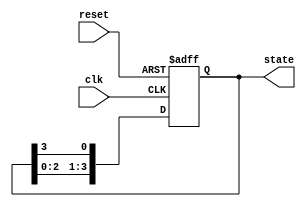
module ring_counter (
    input wire clk,        // Clock signal
    input wire reset,      // Asynchronous reset signal
    output reg [3:0] state // Current state of the ring counter
);

// Initial state of the ring counter
initial begin
    state = 4'b1000; // Initialize the state to 1000
end

// Always block triggered on clock edge or reset
always @(posedge clk or posedge reset) begin
    if (reset) begin
        state <= 4'b1000; // Reset to initial state
    end else begin
        // Circular shifting
        state <= {state[2:0], state[3]}; // Shift right and wrap around
    end
end

endmodule